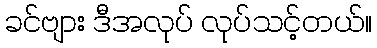
ခင်ဗျား ဒီအလုပ် လုပ်သင့်တယ်။